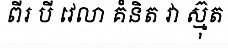
ពីរ បី វេលា គំនិត វា ស្ម៊ុត